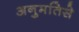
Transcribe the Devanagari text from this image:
अनुमतिसे